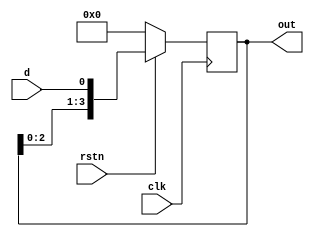
//4bit left shit register

module lshift_4bit_reg(input d, input clk, input rstn, output reg[3:0] out);
	always @ (posedge clk)begin
	    if(!rstn)begin
			out<=0;
		end else begin
			out<={out[2:0],d};
		end
	end
endmodule